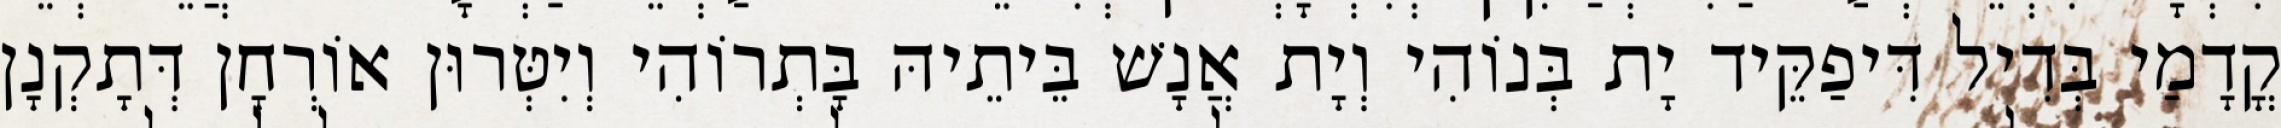
קֳדָמַי בְּדִיל דִּיפַקֵּיד יָת בְּנוֹהִי וְיָת אֲנָשׁ בֵּיתֵיהּ בָּתְרוֹהִי וְיִטְּרוּן אוֹרְחָן דְּתָקְנָן